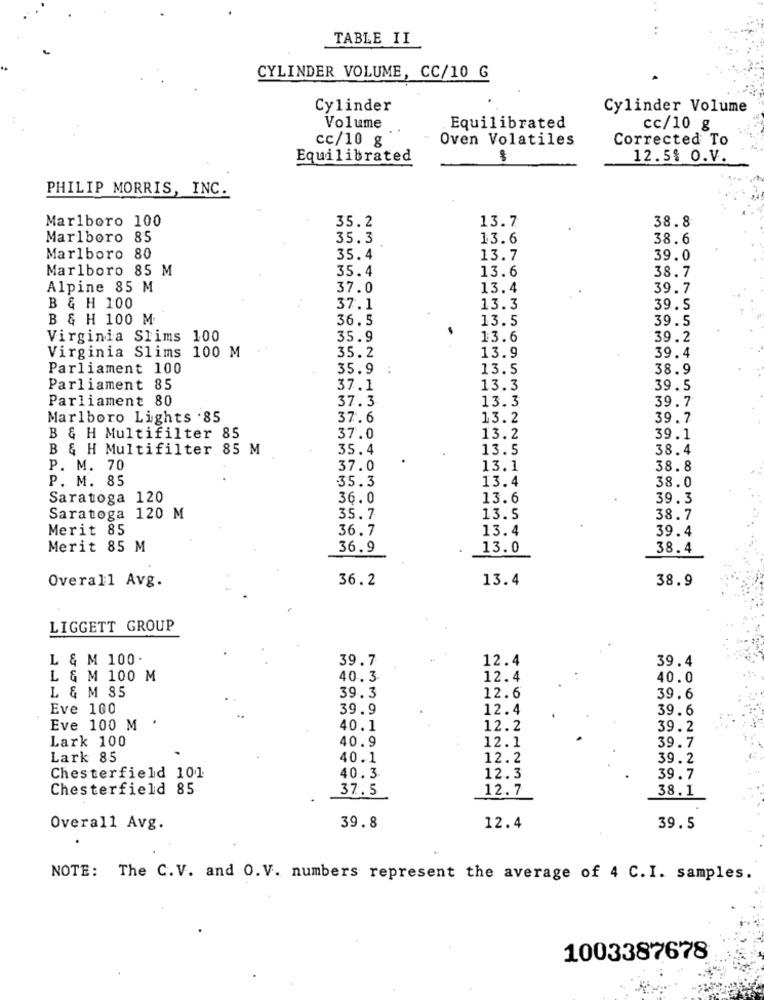
TABLE II
CYLINDER VOLUME, CC/10 G
Cylinder
Cylinder Volume
Volume
Equilibrated
cc/10 g
cc/10 g
Oven Volatiles
Corrected To
Equilibrated
12.5% O.V.
PHILIP MORRIS, INC.
Marlboro 100
13.7
35.2
38.8
Marlboro 85
35.3
13.6
38.6
Marlboro 80
35.4
13.7
39.0
Marlboro 85 M
35.4
38.7
13.6
Alpine 85 M
37.0
13.4
39.7
B & H 100
37.1
13.3
39.5
B & H 100 M
36.5
13.5
39.5
Virginia Slims 100
35.9
13.6
39.2
Virginia Slims 100 M
35.2
13.9
39.4
Parliament 100
35.9
13.5
38.9
Parliament 85
37.1
13.3
39.5
Parliament 80
37.3
13.3
39.7
Marlboro Lights . 85
37.6
13.2
39.7
B & H Multifilter 85
37.0
13.2
39.1
B & H Multifilter 85 M
35.4
13.5
38.4
P. M. 70
37.0
13.1
38.8
P. M. 85
35.3
13.4
38.0
Saratoga 120
36.0
13.6
39.3
Saratoga 120 M
35.7
13.5
38.7
Merit 85
36.7
13.4
39.4
Merit 85 M
36.9
13.0
38.4
Overall Avg.
36.2
13.4
38.9
LIGGETT GROUP
L & M 100.
39.7
12.4
39.4
L & M 100 M
40.3
12.4
40.0
L & M 85
39.3
12.6
39.6
Eve 100
39.9
12.4
39.6
Eve 100 M
40.1
12.2
39.2
Lark 100
40.9
12.1
39.7
Lark 85
40.1
12.2
39.2
Chesterfield 101
40.3
12.3
39.7
MMMM
Chesterfield 85
37.5
12.7
38.1
Overall Avg.
39.8
12.4
39.5
NOTE: The C.V. and O. V. numbers represent the average of 4 C. I. samples.
1003387678